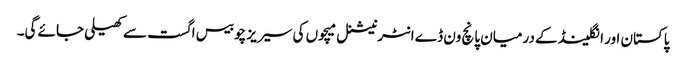
پاکستان اور انگلینڈ کے درمیان پانچ ون ڈے انٹرنیشنل میچوں کی سیریز چوبیس اگست سے کھیلی جائے گی۔